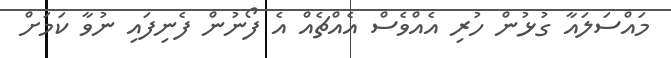
މައްސަލައާ ގުޅުން ހުރި އެއްވެސް އެއްޗެއް އެ ފޯނުން ފެނިފައި ނުވާ ކަމަށް